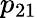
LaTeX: p_{21}